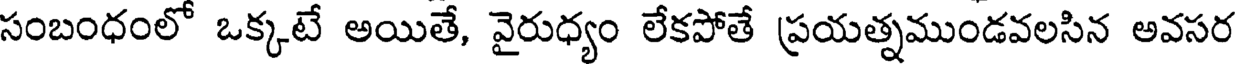
సంబంధంలో ఒక్కటే అయితే, వైరుధ్యం లేకపోతే ప్రయత్నముండవలసిన అవసర